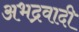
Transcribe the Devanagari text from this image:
अभद्रवादी